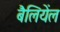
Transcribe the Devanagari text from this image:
बैलियेंल